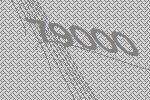
79000